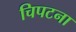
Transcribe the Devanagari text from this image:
चिपटना